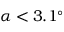
\alpha < 3 . 1 ^ { \circ }